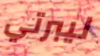
ليبرتي